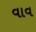
વાવ